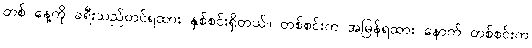
တစ် နေ့ကို ခရီးသည်တင်ရထား နှစ်စင်းရှိတယ်။ တစ်စင်းက အမြန်ရထား နောက် တစ်စင်းက